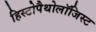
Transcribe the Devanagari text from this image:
हिस्टोपैथोलॉजिस्ट